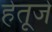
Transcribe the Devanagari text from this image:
हेतूजे